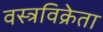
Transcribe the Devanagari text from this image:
वस्त्रविक्रेता